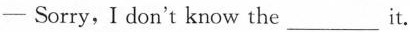
-Sorry, I don't know the___it.